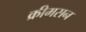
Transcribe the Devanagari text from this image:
क्रीमसन